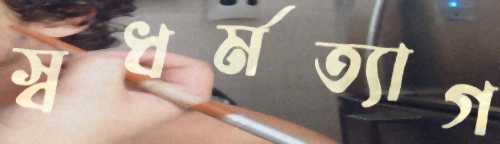
স্বধর্মত্যাগ